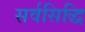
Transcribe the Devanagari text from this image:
सर्वसिद्धि